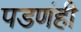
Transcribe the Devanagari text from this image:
पडणंही